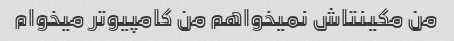
من مکینتاش نمیخواهم من کامپیوتر میخوام